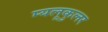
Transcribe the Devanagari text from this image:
म्यलूकुलर